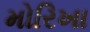
મોરિખા